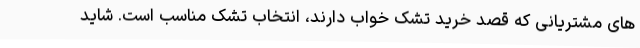
های مشتریانی که قصد خرید تشک خواب دارند، انتخاب تشک مناسب است. شاید